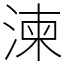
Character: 湅